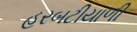
હરબટીયાળી